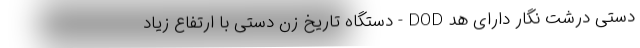
دستی درشت نگار دارای هد DOD - دستگاه تاریخ زن دستی با ارتفاع زیاد